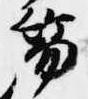
笏